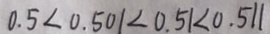
0 . 5 < 0 . 5 0 1 < 0 . 5 1 < 0 . 5 1 1